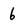
Character: 6